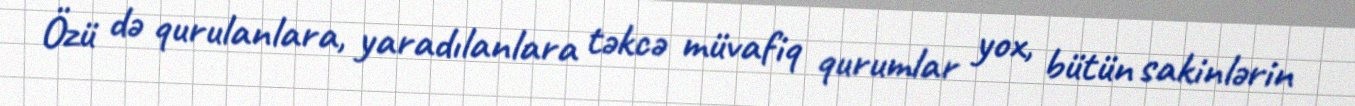
Özü də qurulanlara, yaradılanlara təkcə müvafiq qurumlar yox, bütün sakinlərin